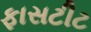
ફાસટીટ